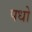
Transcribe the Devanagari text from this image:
पधो